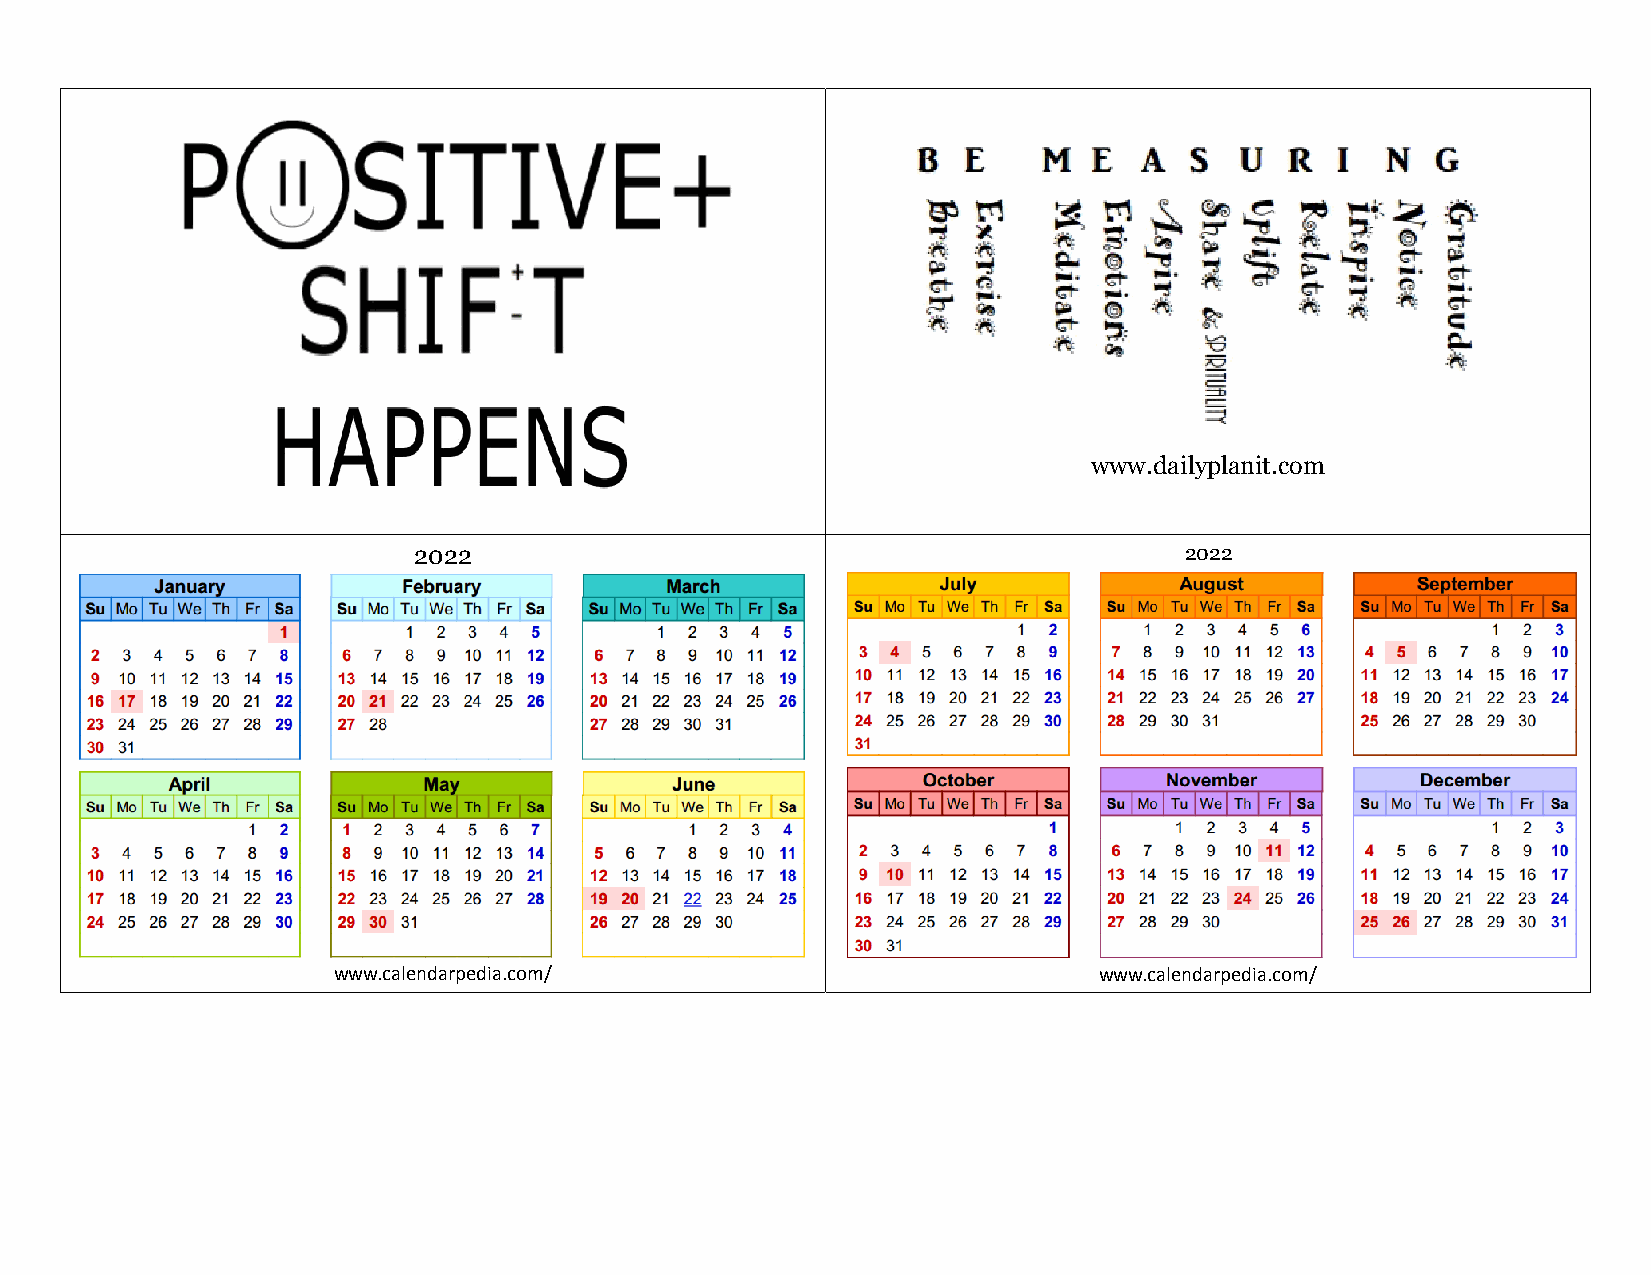
www.dailyplanit.com
 2022                                               2022
 www.calendarpedia.com/                             www.calendarpedia.com/